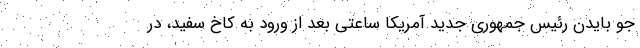
جو بایدن رئیس جمهوری جدید آمریکا ساعتی بعد از ورود به کاخ سفید، در